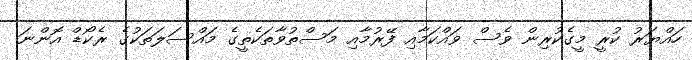
ހައްޔަރު ކުރީ މީގެކުރިން ވެސް ވައްކަމާއި ފޭރުމާއި މަސްތުވާތަކެތީގެ މައްސަލަތަކުގެ ރެކޯޑް އޮންނަ